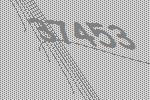
37453